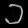
Digit: ၁